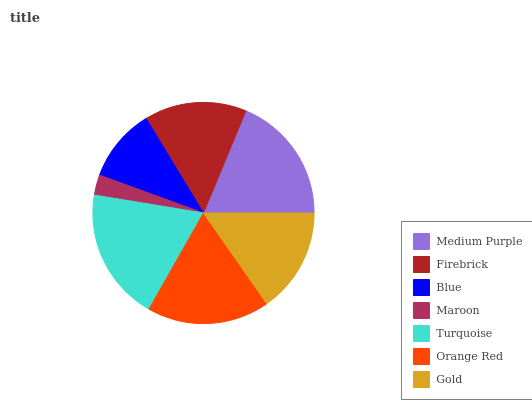
| Medium Purple | Firebrick | Blue | Maroon | Turquoise | Orange Red | Gold |
 | --- | --- | --- | --- | --- | --- | --- |
 | 18.8% | 14.9% | 10.8% | 2.98% | 19.4% | 17.8% | 15.3% |